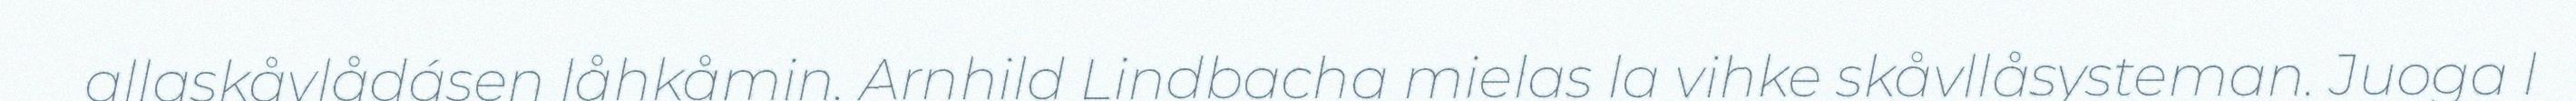
allaskåvlådásen låhkåmin. Arnhild Lindbacha mielas la vihke skåvllåsysteman. Juoga l